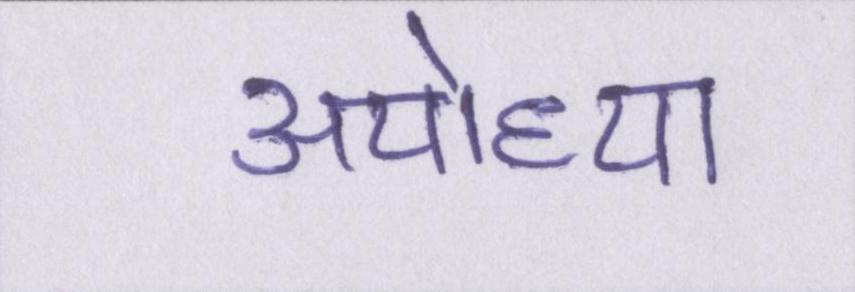
अयोध्या